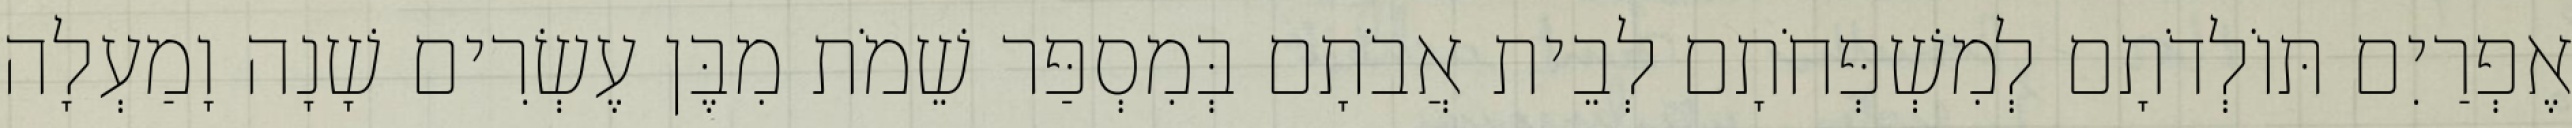
אֶפְרַיִם תּוֹלְדֹתָם לְמִשְׁפְּחֹתָם לְבֵית אֲבֹתָם בְּמִסְפַּר שֵׁמֹת מִבֶּן עֶשְׂרִים שָׁנָה וָמַעְלָה